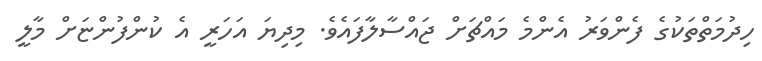
ހިދުމަތްތަކުގެ ފެންވަރު އެންމެ މައްޗަށް ޖައްސާލާފައެވެ. މިދިޔަ އަހަރީ އެ ކުންފުންޏަށް މާލީ